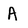
Character: A